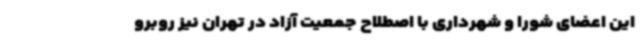
این اعضای شورا و شهرداری با اصطلاح جمعیت آزاد در تهران نیز روبرو